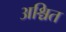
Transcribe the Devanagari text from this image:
अश्चित